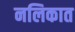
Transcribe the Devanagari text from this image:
नलिकात